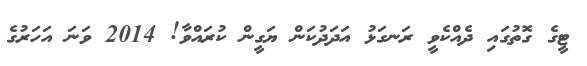
ޓީގެ ގޮތުގައި ދެއްކެވީ ރަނގަޅު އަދަދުކަން ޔަގީން ކުރައްވާ! 2014 ވަނަ އަހަރުގެ